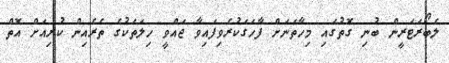
ލެބޯރަޓަރީން ބުނި ގޮތުގައި މިހާތަނަށް ފާހަގަކުރެވިފައިވާ ޖައްވީ ހިލަތަކުގެ ތެރެއިން ކުރިއަށް އޮތް